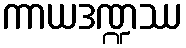
ကာယဒဏ္ဍဿ